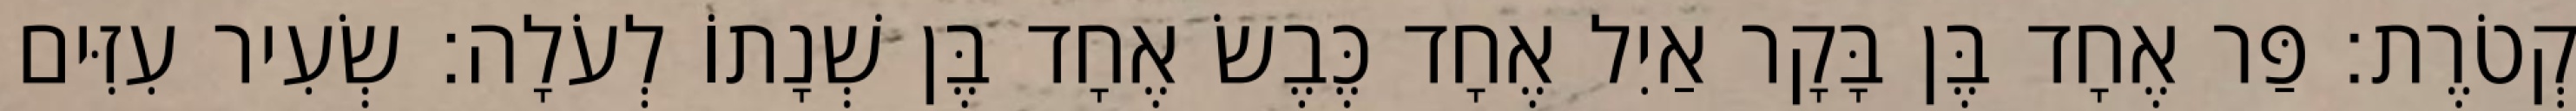
קְטֹרֶת׃ פַּר אֶחָד בֶּן בָּקָר אַיִל אֶחָד כֶּבֶשׂ אֶחָד בֶּן שְׁנָתוֹ לְעֹלָה׃ שְׂעִיר עִזִּים